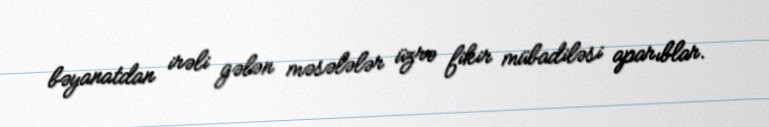
bəyanatdan irəli gələn məsələlər üzrə fikir mübadiləsi aparıblar.